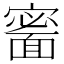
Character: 𩈰